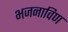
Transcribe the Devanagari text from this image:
भजनाविण